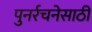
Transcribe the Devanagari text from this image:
पुनर्रचनेसाठी